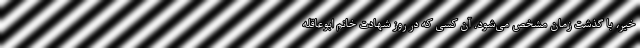
خیر، با گذشت زمان مشخص می‌شود. آن کسی که در روز شهادت خانم ابوعاقله